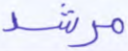
مرشد